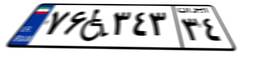
۷۶W۳۴۳۳۴